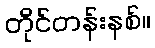
တိုင်တန်းနစ်။